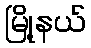
မြို့နယ်